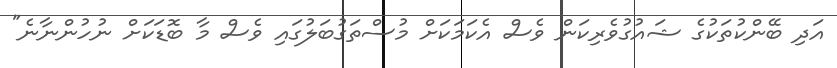
އަދި ބޭންކުތަކުގެ ޝައުގުވެރިކަން ވެސް އެކަމަކަށް މުސްތަގުބަލުގައި ވެސް މާ ބޮޑަކަށް ނުހުންނާނެ"